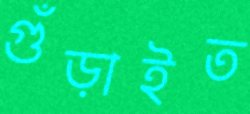
গুঁড়াইত